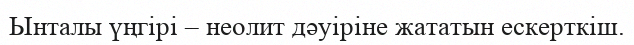
Ынталы үңгірі – неолит дәуіріне жататын ескерткіш.